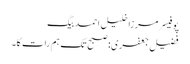
پوفیسر مرزا خلیل احمد بیگ
فضیل جعفری: صبح تک ہم رات کا۔